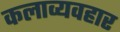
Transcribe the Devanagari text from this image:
कलाव्यवहार